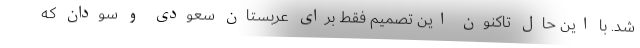
شد. با این حال تاکنون این تصمیم فقط برای عربستان سعودی و سودان که